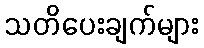
သတိပေးချက်များ